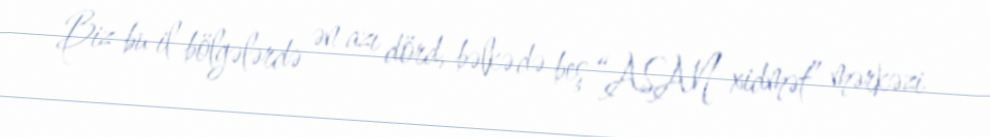
Biz bu il bölgələrdə ən azı dörd, bəlkə də beş “ASAN xidmət” mərkəzi